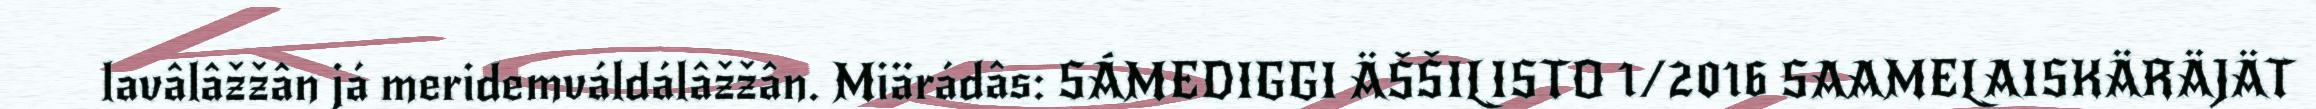
lavâlâžžân já meridemváldálâžžân. Miärádâs: SÁMEDIGGI ÄŠŠILISTO 1/2016 SAAMELAISKÄRÄJÄT